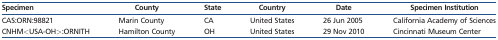
| Specimen | County | State | Country | Date | Specimen Institution |
 | --- | --- | --- | --- | --- | --- |
 | CAS:ORN:98821 | Marin County | CA | United States | 26 Jun 2005 | California Academy of Sciences |
 | CNHM<USA-OH>:ORNITH | Hamilton County | OH | United States | 29 Nov 2010 | Cincinnati Museum Center |